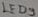
Text: LED9